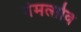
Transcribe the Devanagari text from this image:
नेमत्सोव